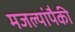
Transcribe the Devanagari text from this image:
मजल्यांपैकी